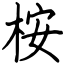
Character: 桉